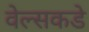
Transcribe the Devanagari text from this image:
वेल्सकडे